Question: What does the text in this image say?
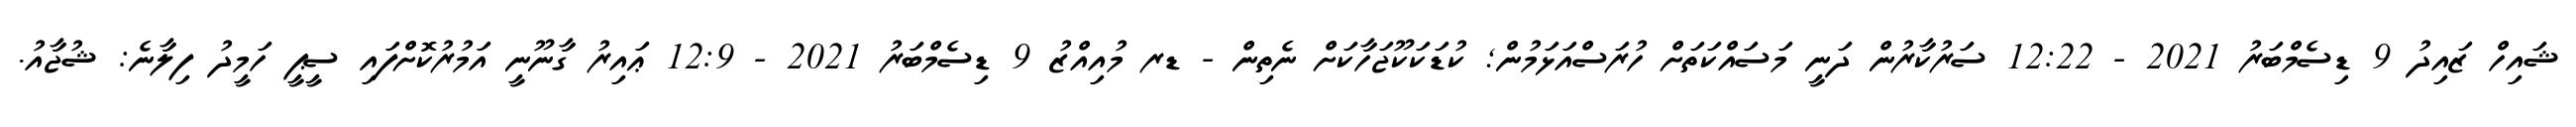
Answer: ޝައިހް ޒައިދު 9 ޑިސެމްބަރު 2021 - 12:22 ސަރުކާރުން ދަނީ މަސައްކަތަށް ހުރަސްއަޅަމުން; ކުޑަކަކޫޖަހާކަށް ނެތިން - ޑރ މުއިއްޒު 9 ޑިސެމްބަރު 2021 - 12:9 ޢައިރު ގާނޫނީ އަމުރުކޮށްފައި ސީޕީ ހަމީދު ފިލާނެ: ޝުޖާއު.